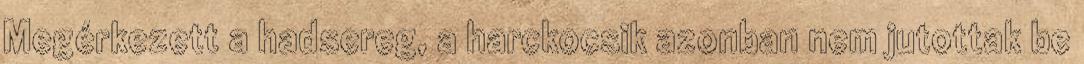
Megérkezett a hadsereg, a harckocsik azonban nem jutottak be